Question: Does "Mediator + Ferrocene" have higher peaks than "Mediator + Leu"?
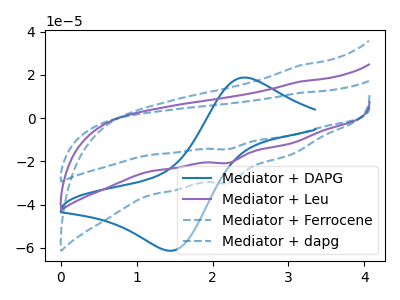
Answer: <think>The blue curve "Mediator + DAPG" has an anodic peak at (2.45V, 18.80uA) and a cathodic peak at (1.40V, -61.40uA). The purple curve "Mediator + Leu" has a cathodic peak at: (2.20V, -20.70uA). The blue dashed curve "Mediator + Ferrocene" has a cathodic peak at: (2.20V, -29.90uA). The blue dashed curve "Mediator + dapg" has a cathodic peak at: (2.20V, -41.35uA).</think>
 <answer>Every peak in "Mediator + Ferrocene" is higher than every peak in "Mediator + Leu".</answer>
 <eval>higher</eval>